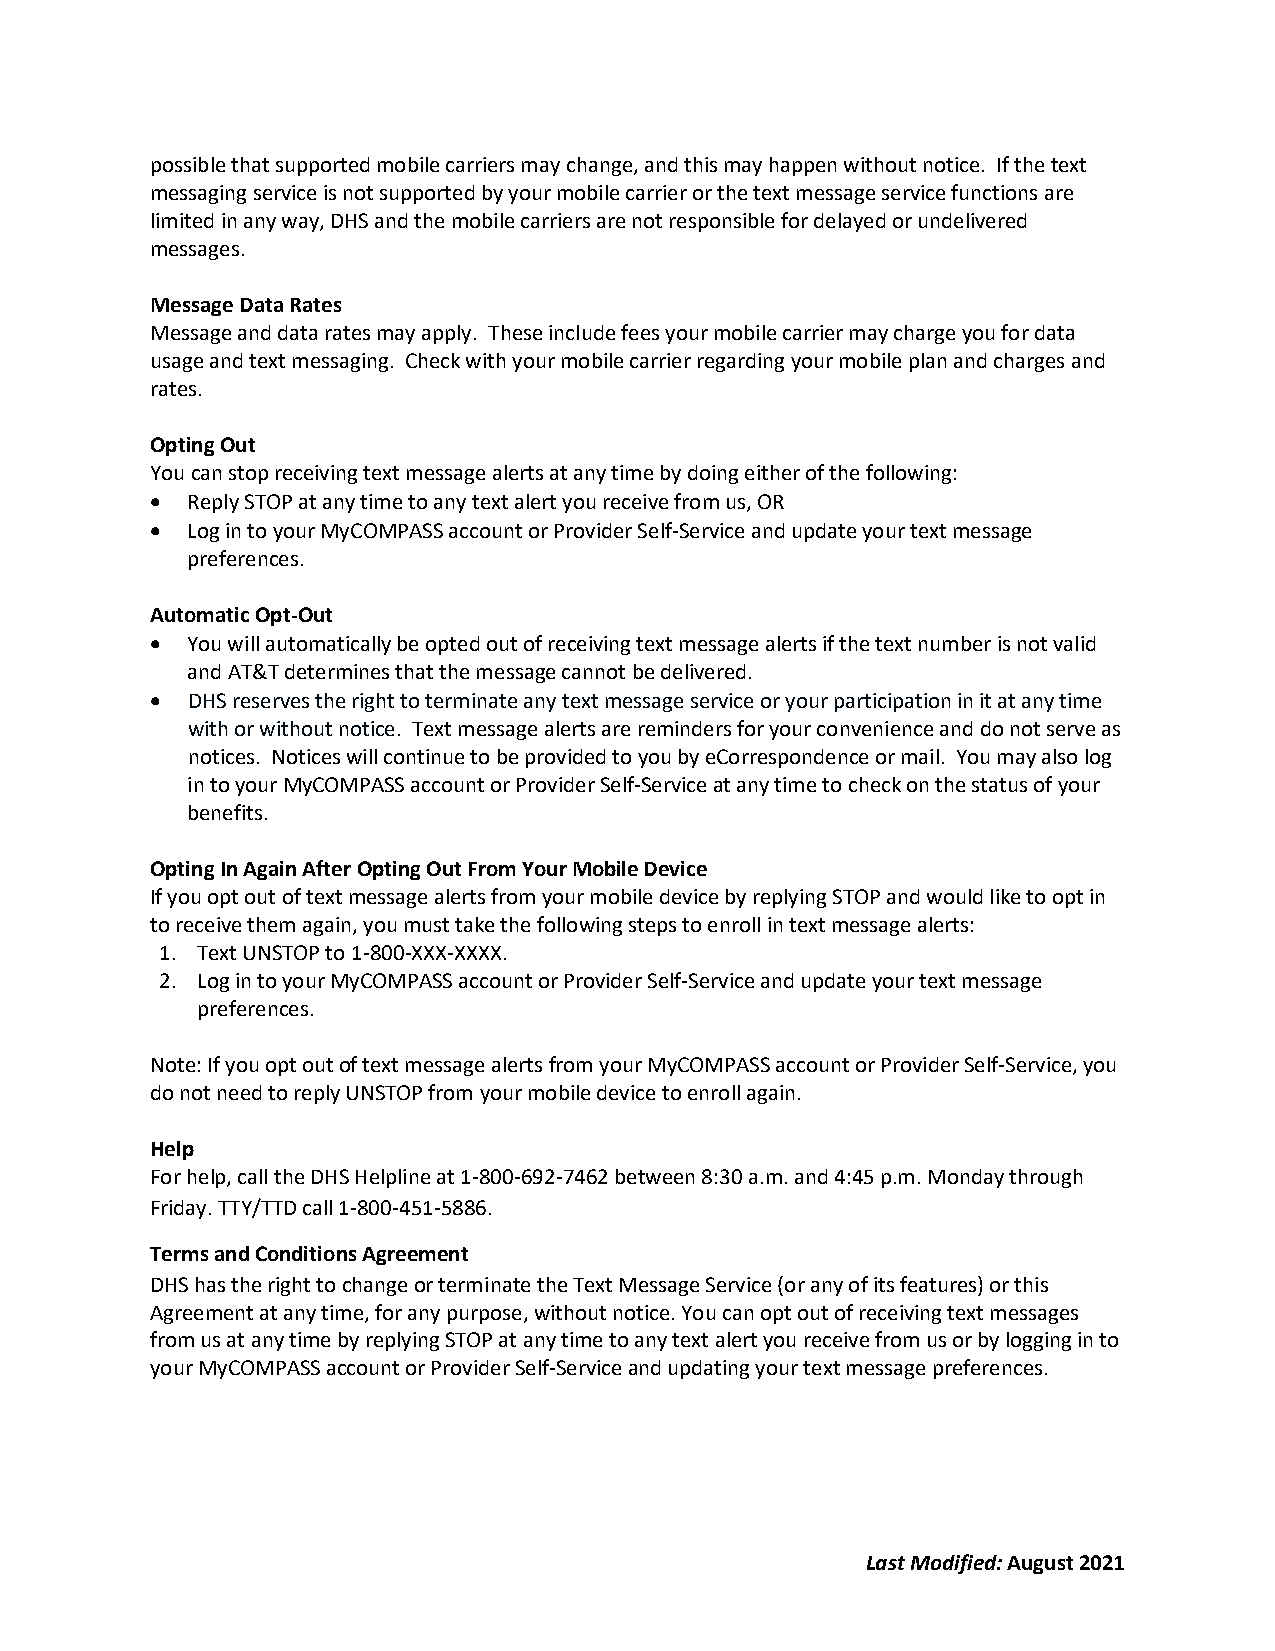
possible that supported mobile carriers may change, and this may happen without notice. If the text
 messaging service is not supported by your mobile carrier or the text message service functions are
 limited in any way, DHS and the mobile carriers are not responsible for delayed or undelivered
 messages.
 Message Data Rates
 Message and data rates may apply. These include fees your mobile carrier may charge you for data
 usage and text messaging. Check with your mobile carrier regarding your mobile plan and charges and
 rates.
 Opting Out
 You can stop receiving text message alerts at any time by doing either of the following:
 • Reply STOP at any time to any text alert you receive from us, OR
 • Log in to your MyCOMPASS account or Provider Self-Service and update your text message
 preferences.
 Automatic Opt-Out
 • You will automatically be opted out of receiving text message alerts if the text number is not valid
 and AT&T determines that the message cannot be delivered.
 • DHS reserves the right to terminate any text message service or your participation in it at any time
 with or without notice. Text message alerts are reminders for your convenience and do not serve as
 notices. Notices will continue to be provided to you by eCorrespondence or mail. You may also log
 in to your MyCOMPASS account or Provider Self-Service at any time to check on the status of your
 benefits.
 Opting In Again After Opting Out From Your Mobile Device
 If you opt out of text message alerts from your mobile device by replying STOP and would like to opt in
 to receive them again, you must take the following steps to enroll in text message alerts:
 1. Text UNSTOP to 1-800-XXX-XXXX.
 2. Log in to your MyCOMPASS account or Provider Self-Service and update your text message
 preferences.
 Note: If you opt out of text message alerts from your MyCOMPASS account or Provider Self-Service, you
 do not need to reply UNSTOP from your mobile device to enroll again.
 Help
 For help, call the DHS Helpline at 1-800-692-7462 between 8:30 a.m. and 4:45 p.m. Monday through
 Friday. TTY/TTD call 1-800-451-5886.
 Terms and Conditions Agreement
 DHS has the right to change or terminate the Text Message Service (or any of its features) or this
 Agreement at any time, for any purpose, without notice. You can opt out of receiving text messages
 from us at any time by replying STOP at any time to any text alert you receive from us or by logging in to
 your MyCOMPASS account or Provider Self-Service and updating your text message preferences.
 Last Modified: August 2021